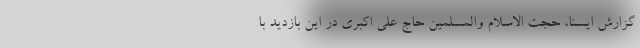
گزارش ایسنا، حجت الاسلام والمسلمین حاج علی اکبری در این بازدید با